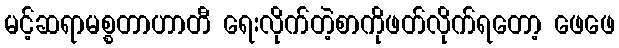
မင့်ဆရာမစ္စတာဟာတီ ရေးလိုက်တဲ့စာကိုဖတ်လိုက်ရတော့ ဖေဖေ